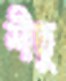
শীতু